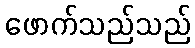
ဖောက်သည်သည်